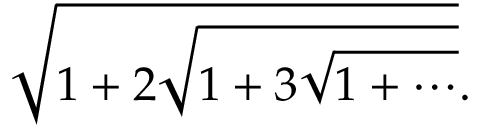
{ \sqrt { 1 + 2 { \sqrt { 1 + 3 { \sqrt { 1 + \cdots } } } } } } .